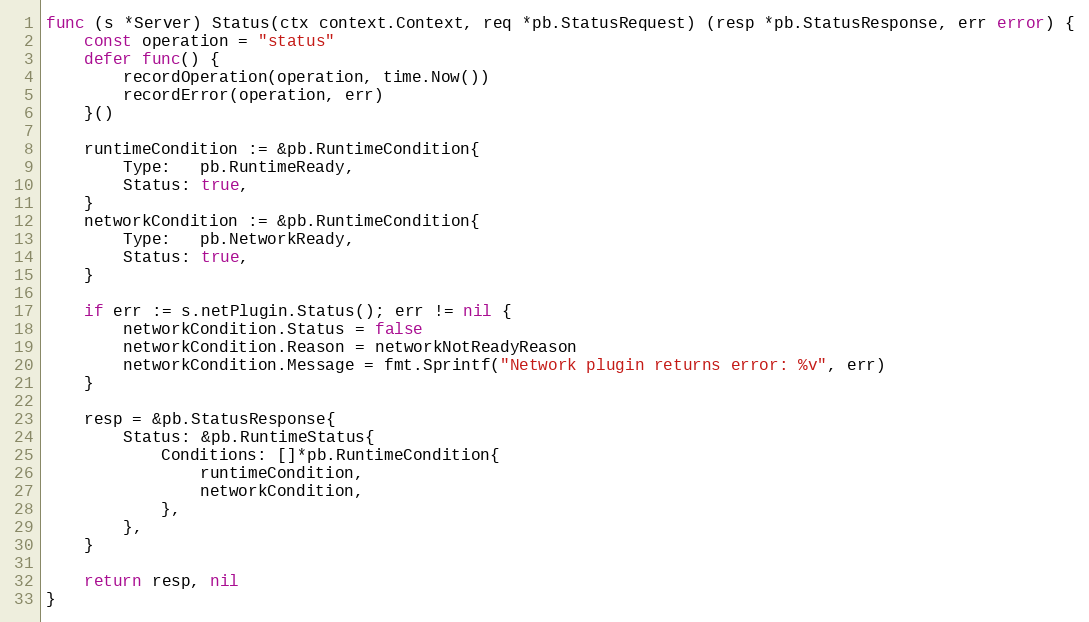
Language: Go
func (s *Server) Status(ctx context.Context, req *pb.StatusRequest) (resp *pb.StatusResponse, err error) {
	const operation = "status"
	defer func() {
		recordOperation(operation, time.Now())
		recordError(operation, err)
	}()

	runtimeCondition := &pb.RuntimeCondition{
		Type:   pb.RuntimeReady,
		Status: true,
	}
	networkCondition := &pb.RuntimeCondition{
		Type:   pb.NetworkReady,
		Status: true,
	}

	if err := s.netPlugin.Status(); err != nil {
		networkCondition.Status = false
		networkCondition.Reason = networkNotReadyReason
		networkCondition.Message = fmt.Sprintf("Network plugin returns error: %v", err)
	}

	resp = &pb.StatusResponse{
		Status: &pb.RuntimeStatus{
			Conditions: []*pb.RuntimeCondition{
				runtimeCondition,
				networkCondition,
			},
		},
	}

	return resp, nil
}